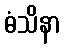
ဓံသိနာ